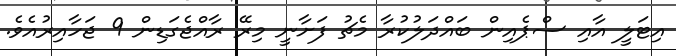
އިޓަލީ އާއި ސްޕެއިން ބައްދަލުކުރާ މެޗު ފަށާނީ މިރޭ ރާއްޖެގަޑިން 9 ޖަހާއިރުއެވެ.